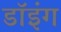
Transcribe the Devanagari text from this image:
डॉइंग